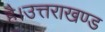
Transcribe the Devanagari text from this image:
है।उत्तराखण्ड